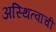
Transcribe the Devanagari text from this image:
अस्थित्वाची